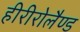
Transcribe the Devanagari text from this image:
हीरीरोलैण्ड